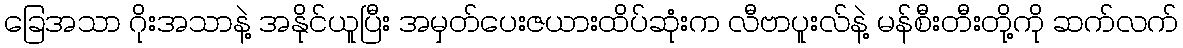
ခြေအသာ ဂိုးအသာနဲ့ အနိုင်ယူပြီး အမှတ်ပေးဇယားထိပ်ဆုံးက လီဗာပူးလ်နဲ့ မန်စီးတီးတို့ကို ဆက်လက်